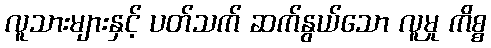
လူသားများနှင့် ပတ်သက် ဆက်နွယ်သော လူမှု ကိစ္စ